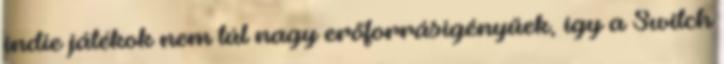
indie játékok nem túl nagy erőforrásigényűek, így a Switch